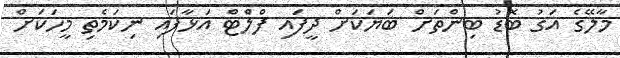
މާލޭގެ އަގު ބޮޑު ބިންތަށް ބަޔަކަށް ދީފައި ފްލެްޓް އަޅާފައި ނިކަމެތި މީހަކަށް